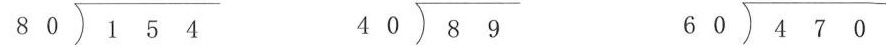
$$\longdiv { 1 5 4 } { 8 0 }$$ $$\longdiv { 8 9 } { 4 0 }$$ $$\longdiv { 4 7 0 } { 6 0 }$$